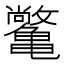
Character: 𫠝